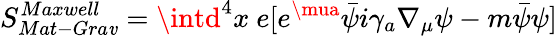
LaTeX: S_{Mat-Gra\mathit{v}}^{Maxwell}=\intd^{4}x\ e[e^{\mua}\bar{{\psi}}i\gamma_{a}\nabla_{\mu}\psi-m\bar{{\psi}}\psi]